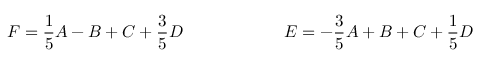
F = \frac { 1 } { 5 } A - B + C + \frac { 3 } { 5 } D \qquad \qquad \qquad E = - \frac { 3 } { 5 } A + B + C + \frac { 1 } { 5 } D